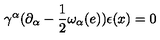
\gamma ^ { \alpha } ( \partial _ { \alpha } - \frac { 1 } { 2 } \omega _ { \alpha } ( e ) ) \epsilon ( x ) = 0